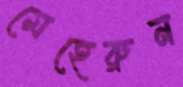
মেহেরুন